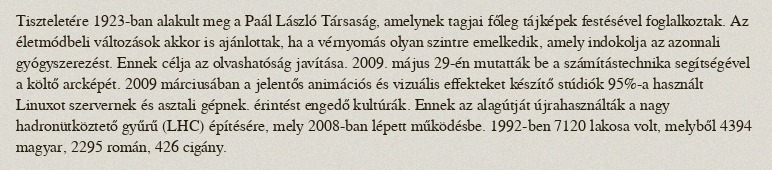
Tiszteletére 1923-ban alakult meg a Paál László Társaság, amelynek tagjai főleg tájképek festésével foglalkoztak. Az életmódbeli változások akkor is ajánlottak, ha a vérnyomás olyan szintre emelkedik, amely indokolja az azonnali gyógyszerezést. Ennek célja az olvashatóság javítása. 2009. május 29-én mutatták be a számítástechnika segítségével a költő arcképét. 2009 márciusában a jelentős animációs és vizuális effekteket készítő stúdiók 95%-a használt Linuxot szervernek és asztali gépnek. érintést engedő kultúrák. Ennek az alagútját újrahasználták a nagy hadronütköztető gyűrű (LHC) építésére, mely 2008-ban lépett működésbe. 1992-ben 7120 lakosa volt, melyből 4394 magyar, 2295 román, 426 cigány.